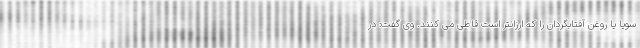
سویا یا روغن آفتابگردان را که ارزانتر است قاطی می کنند. وی گفت: در